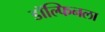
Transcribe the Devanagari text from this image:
डॉल्फिनला